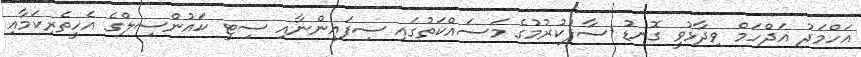
އަހްމަދު އަދްހަމް ވިދާޅުވީ ގޮނޑު ސާފުކުރުމުގެ މަސައްކަތުގައި ސިފައިންނާއި ސިޓީ ކައުންސިލްގެ އެހީތެރިކަމާއި